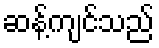
ဆန့်ကျင်သည်